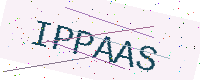
Text: IPPAAS